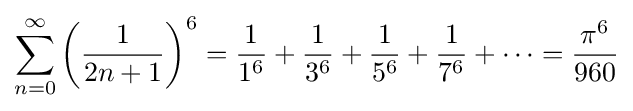
\sum _{n=0}^{\infty }\left({\frac {1}{2n+1}}\right)^{6}={\frac {1}{1^{6}}}+{\frac {1}{3^{6}}}+{\frac {1}{5^{6}}}+{\frac {1}{7^{6}}}+\cdots ={\frac {\pi ^{6}}{960}}